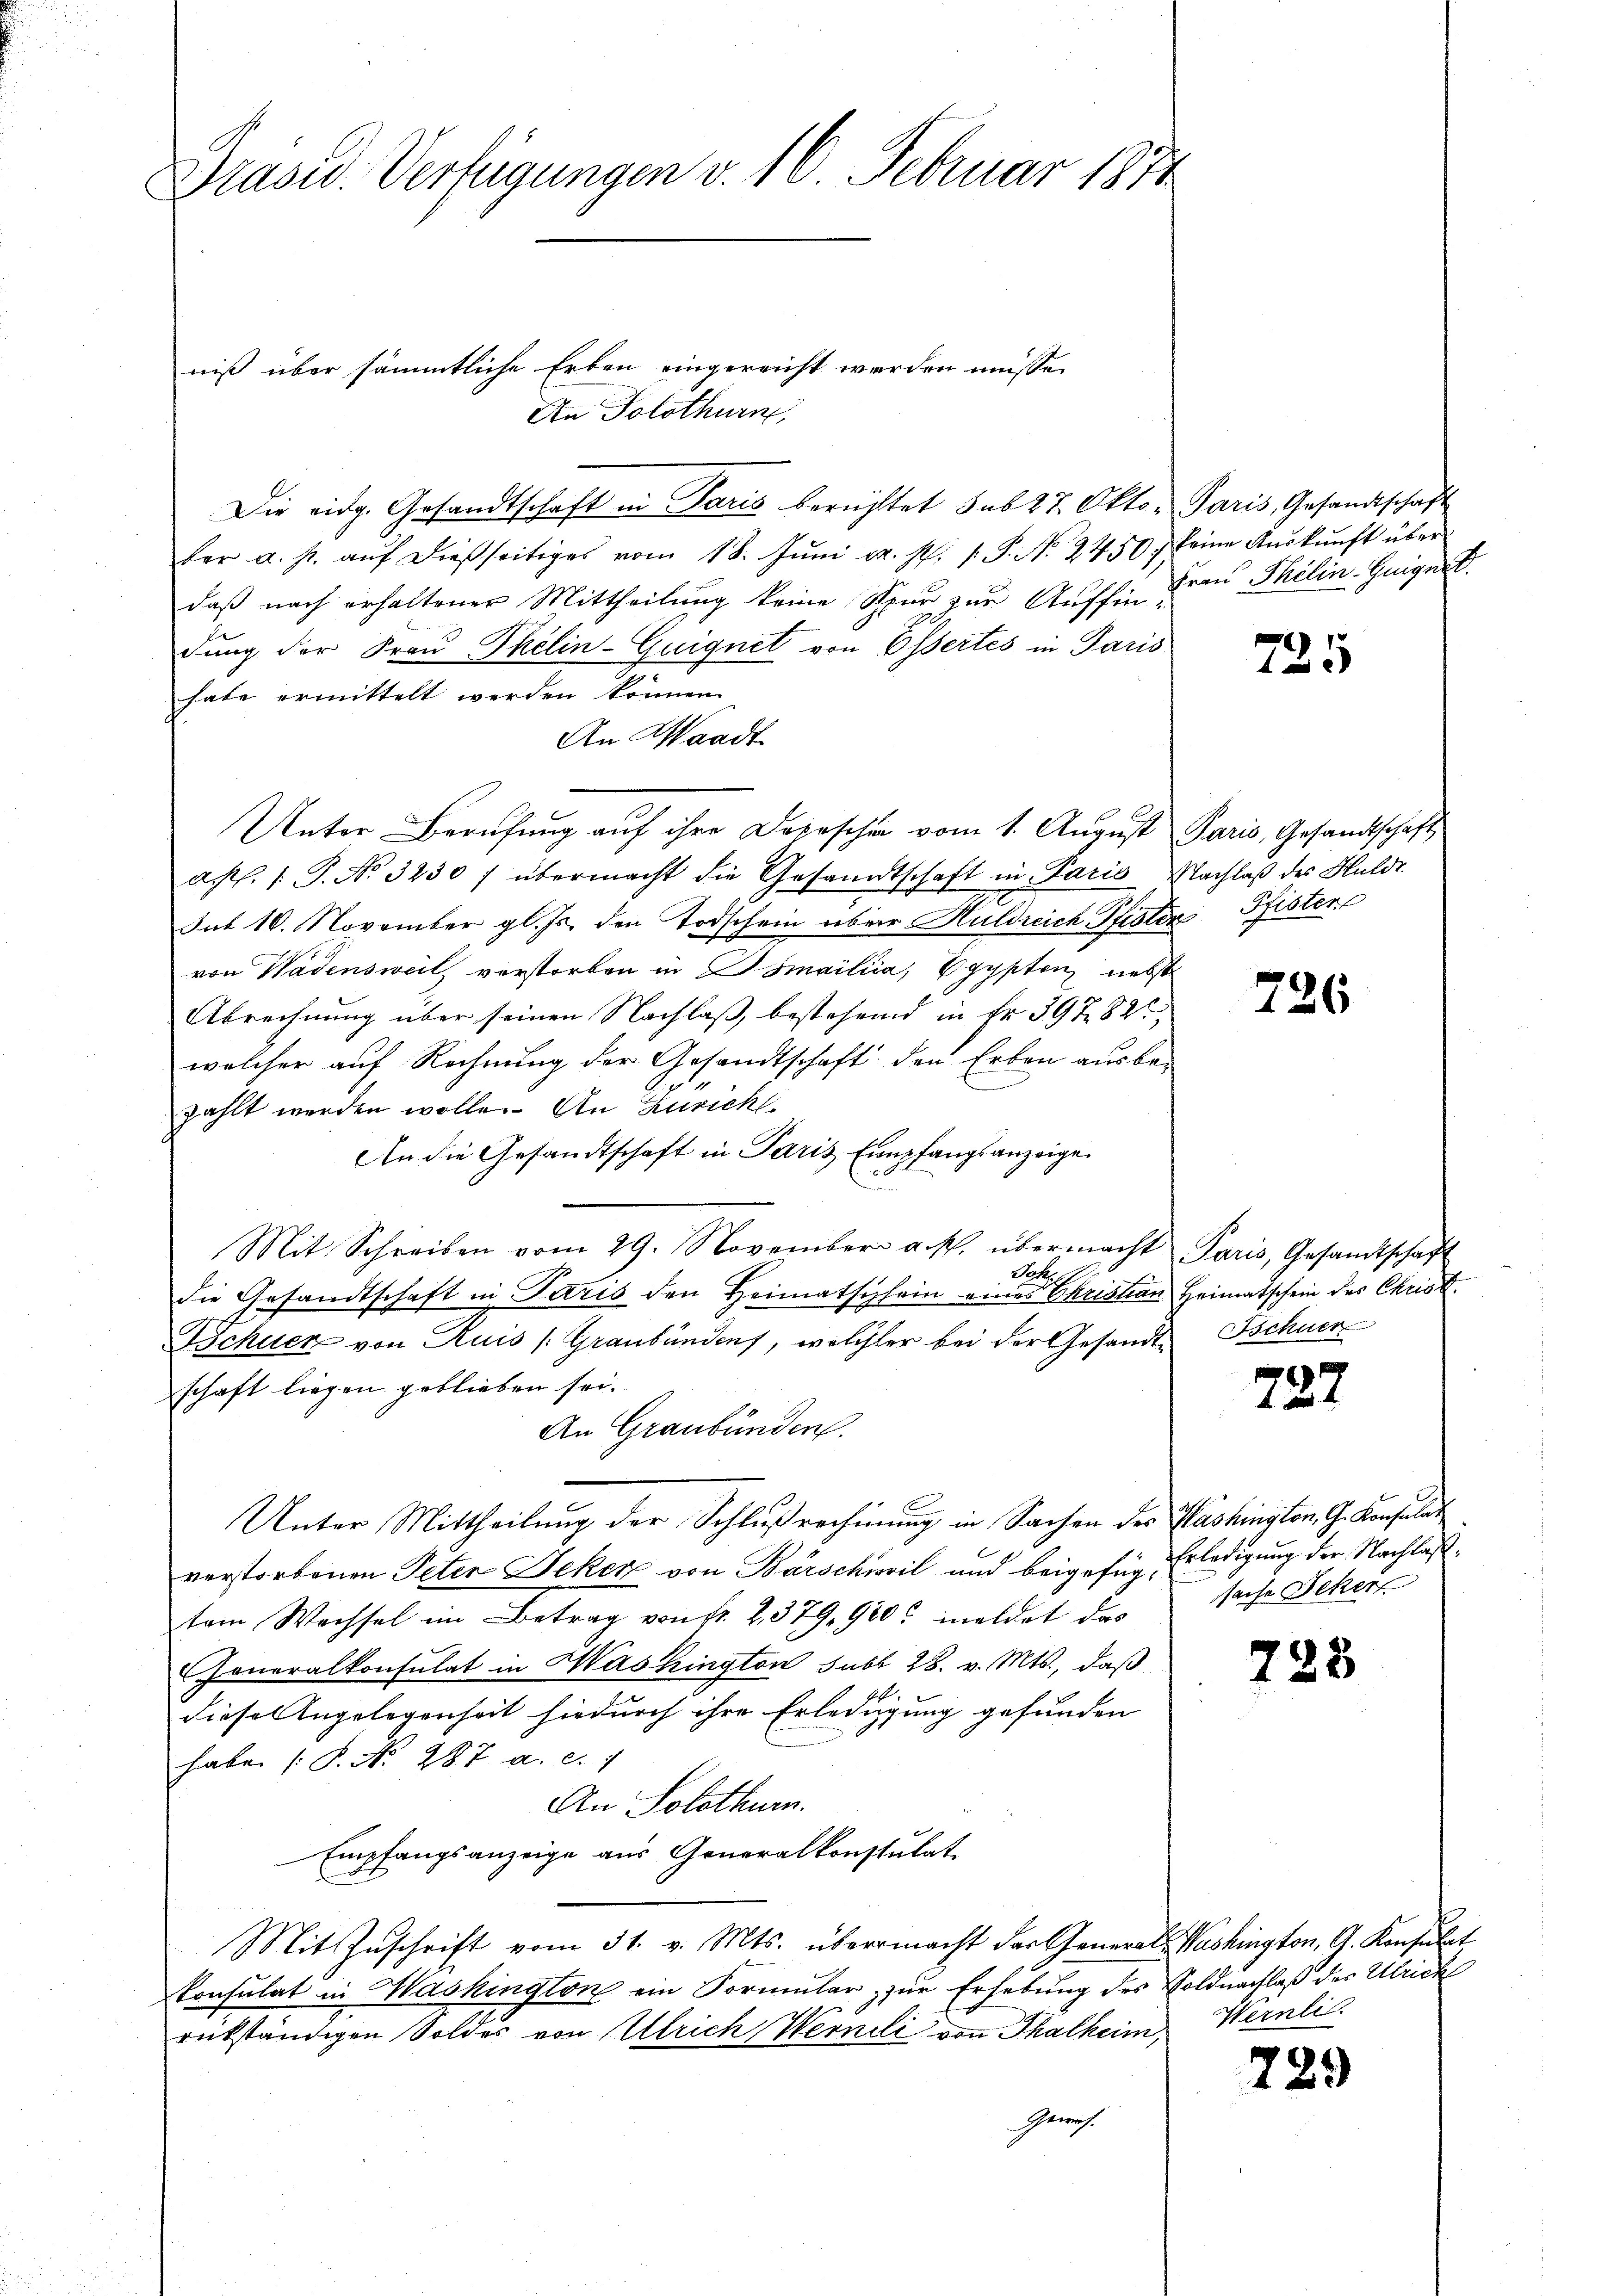
Präsid. Verfügungen v. 16. Februar 1874

niß über sämmtliche Erben eingereicht werden müsse.
An Solothurn,
Die eidg. Gesandtschaft in Paris berichtet sub 27. Okto- Paris, Gesandtschaft
ber a. p. aŭf dießseitiges vom 18. Jŭni a. p. 1. P. N. 2750) keine Aŭskŭnft über
daß nach erhaltener Mittheilung keine Spur zur Auffin Frau Thilin. Geigert.
dung der Frau Pkelin-Guignet von Essertes in Paris
habe ermittelt werden können.
An Waadt
Unter Berufung auf ihre Depeschen vom 1. August Paris, Gesandtschaft
afl. 1. P. Nr. 3230/ übermacht die Gesandtschaft in Paris Nachlaß des Huldi
Sut 10. November gl. Js. den Todschein über Huldreich Pfisten Pfister
von Wädensweil verstorben in Osmailiia, Egypten nebst
Abrechnung über seinen Nachlaß, bestehend in Fr. 397. 82
welcher auf Rechnung der Gesandtschaft den Erben ausbe-
zählt werden wolle. An Zuricht.
An die Gesandtschaft in Paris Empfangsanzeige
Mit Schreiben vom 29. November a. p. übermacht Paris, Gesandtschaft
Johest
die Gesandtschaft in Paris den Heimatschein eines Christian Heimatschein des Christ
Bchuer von Ruis (Graubünden, welcher bei der Gesandt Schuer
schaft liegen geblieben sei.
An Graubünden.
Unter Mittheilung der Schlußrechnung in Sachen des Washington, G. Konsulat
verstorbenen Peter Jeker von Barschweil und beigefüg Erledigung der Nachlaßtem Wachsel im Betrag von fr. 2, 379. 900 meldet das Sache Peter
Generalkonsulat in Washington sub 28. v. Mts., daß
diese Angelegenheit hiedurch ihre Erledigung gefunden
habe [P. N. 287. a. c. 7
An Solothurn.
Empfangsanzeige aus Generalkonstulat
Mit Zuschrift vom 31. v. Mts. übermacht der General. Washington, G. Konsulat
Consulat in Washington ein Formular zur Erhebung des Voldnachlaß der Ulrich
rükständigen Soldes von Ulrich Werneli von Thalheim Wernlic
Gewich¬

725

726

737

728

729